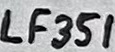
Text: LF351